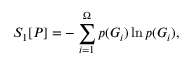
S _ { 1 } [ P ] = - \sum _ { i = 1 } ^ { \Omega } p ( G _ { i } ) \ln p ( G _ { i } ) ,